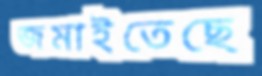
জমাইতেছে